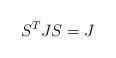
LaTeX: \begin{align*}S^T J S = J\end{align*}